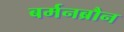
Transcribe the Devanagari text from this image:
बर्मनब्रौन